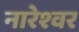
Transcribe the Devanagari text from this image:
नारेश्‍वर